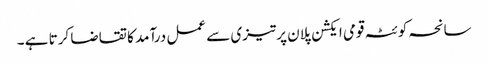
سانحہ کوئٹہ قومی ایکشن پلان پرتیزی سے عمل درآمد کا تقاضا کرتا ہے ۔